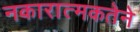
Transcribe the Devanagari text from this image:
नकारात्मकतेने